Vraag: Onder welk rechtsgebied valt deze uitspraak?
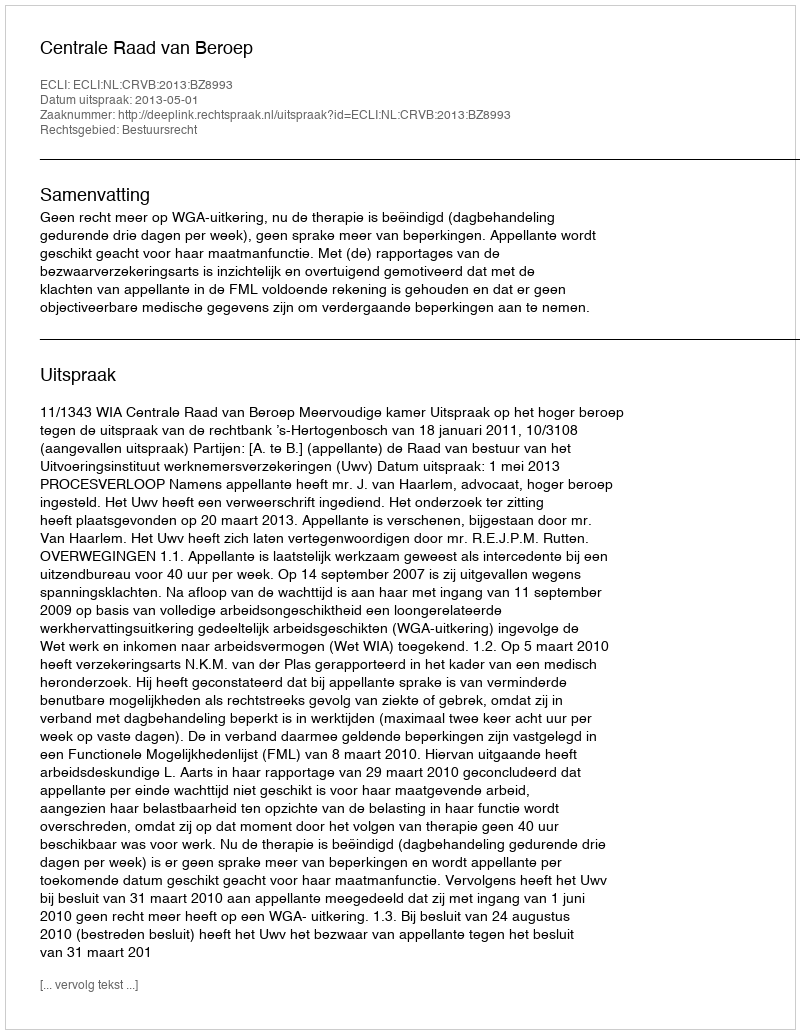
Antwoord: Bestuursrecht